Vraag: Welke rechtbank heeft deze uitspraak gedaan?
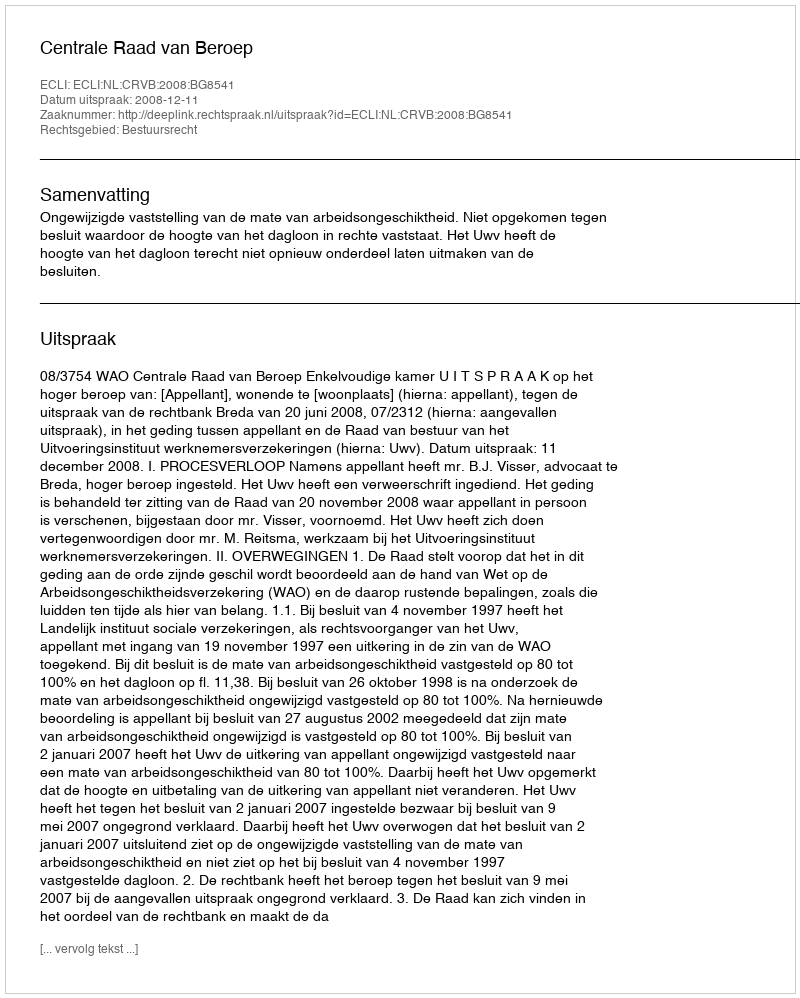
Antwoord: Centrale Raad van Beroep